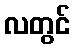
လတွင်